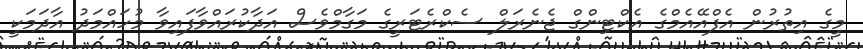
މީގެ އިތުރުން އެފްއޭއެމްގެ އެކްޓިންގް ޖެނެރަލް ސެކްރެޓަރީގެ މަގާމްވެސް އަދާކުރައްވާފައިވާ މުހައްމަދު އާދަމަކީ